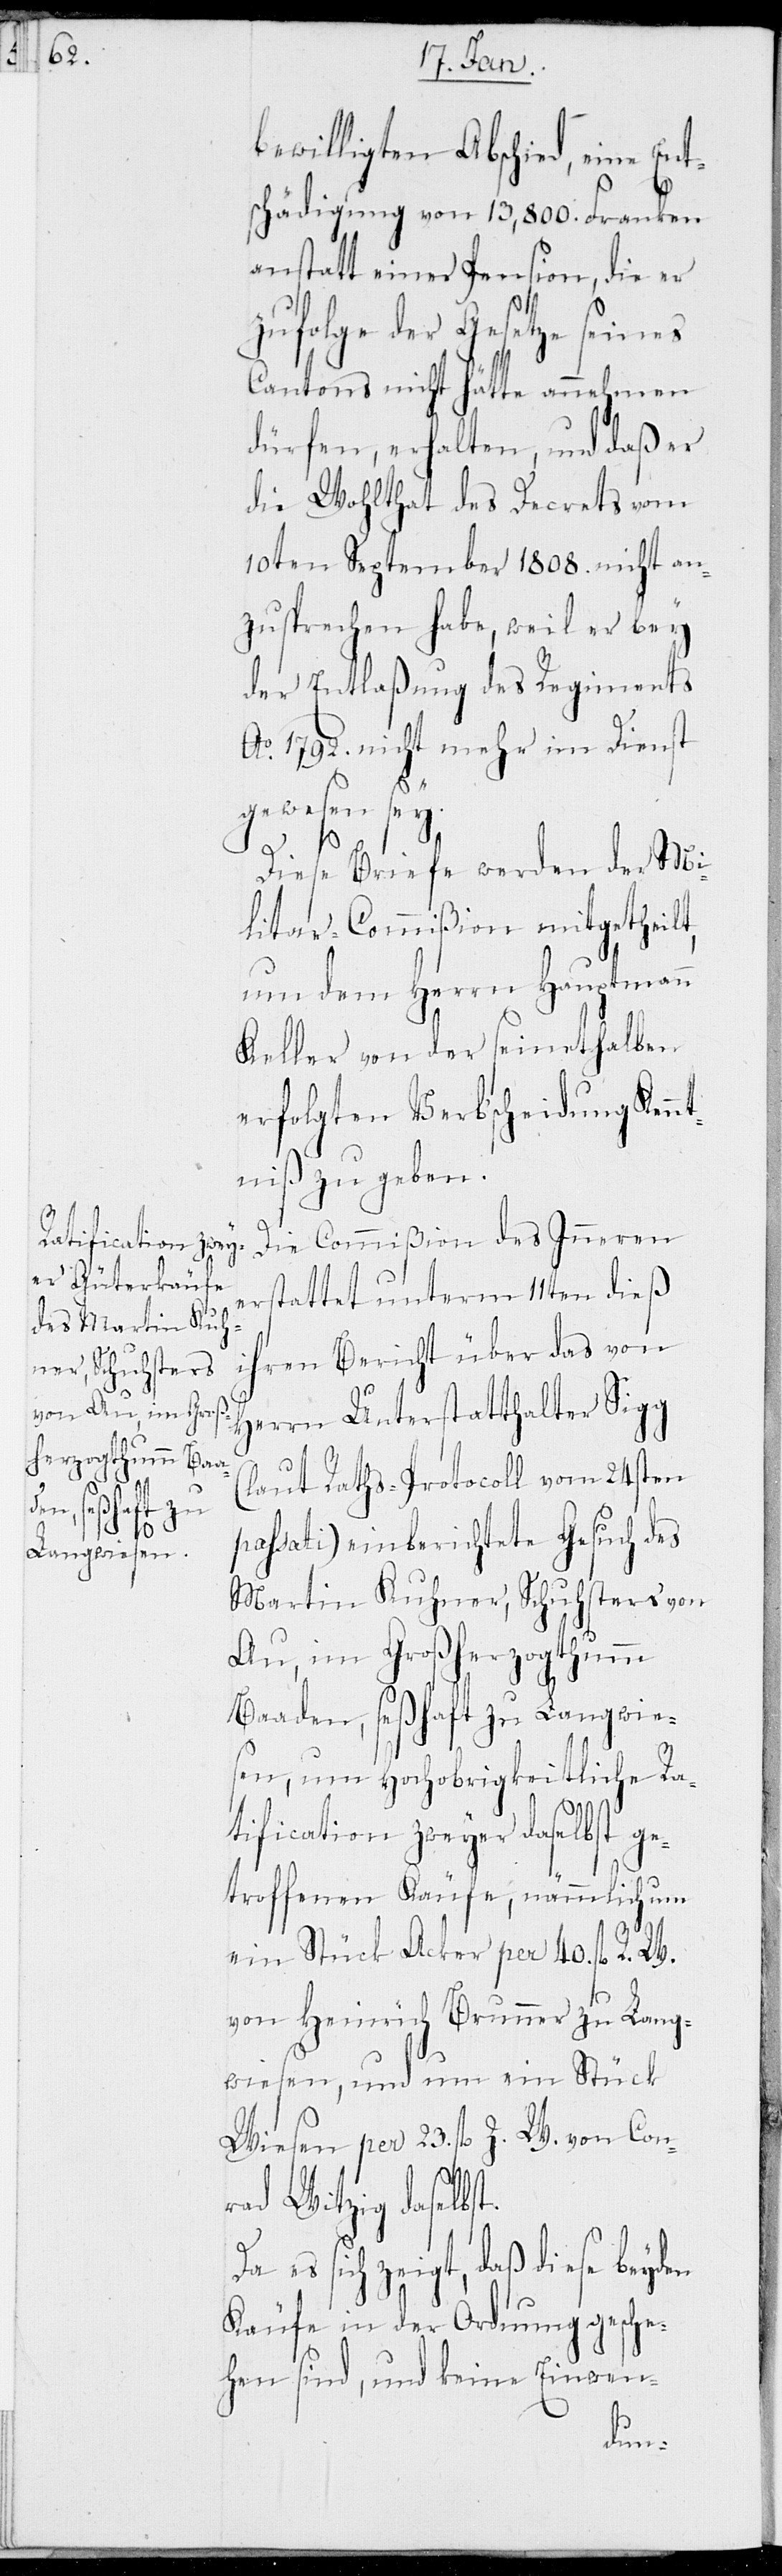
bewilligten Abschied, eine Ent¬
schädigung von 13,800. Franken
anstatt einer Pension, die er
zufolge der Gesetze seines
Cantons nicht hätte annehmen
dürfen, erhalten, und daß er
die Wohlthat des Decrets vom
10ten September 1808. nicht an¬
zusprechen habe, weil er bey
der Entlaßung des Regiments
Ao 1792. nicht mehr im Dienst
gewesen sey.
Diese Briefe werden der Mi¬
litar-Commißion mitgetheilt,
um dem Herrn Hauptmann
Keller von der seinethalben
erfolgten Verbscheidung Kenn¬
tniß zu geben.
Die Commißion des Inneren
erstattet unterm 11ten dieß
ihren Bericht über das von
Herrn Unterstatthalter Sigg
(laut Raths-Protocoll vom 24sten
passati) einberichtete Gesuch des
Martin Kuhner, Schuhsters von
Au, im Großherzogthumm
Baaden, seßhaft zu Langwie¬
sen, um Hochobrigkeitliche Ra¬
tification zweyer daselbst g¬
etroffenen Käufe, nämmlich um
ein Stück Acker per 40. fl. R.
von Heinrich Brunner zu Lang¬
wiesen, und um ein Stück
Wiesen per 23. fl. Z. W. von Con¬
rad Witzig daselbst.
es sich zeigt, daß diese bey¬
Käufe in der Ordnung gesche¬
hen sind, und keine Einwen-
den